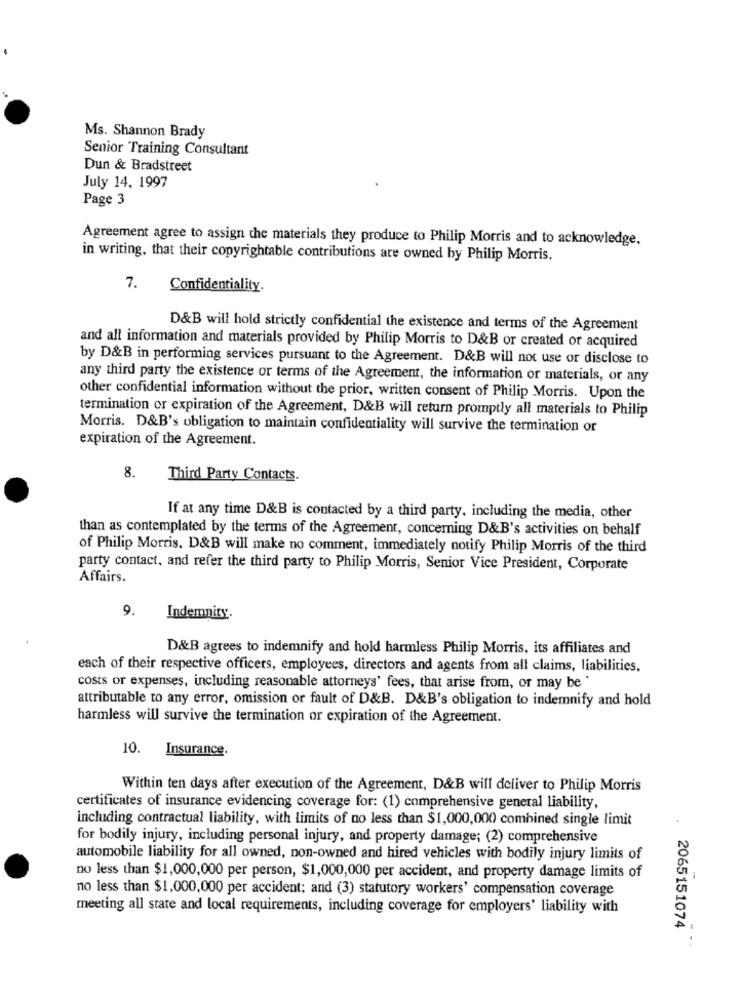
Ms. Shannon Brady
Senior Training Consultant
Dun & Bradstreet
July 14, 1997
Page 3
Agreement agree to assign the materials they produce to Philip Morris and to acknowledge.
in writing, that their copyrightable contributions are owned by Philip Morris.
7.
Confidentiality
D&B will hold strictly confidential the existence and terms of the Agreement
and all information and materials provided by Philip Morris to D&B or created or acquired
by D&B in performing services pursuant to the Agreement. D&B will not use or disclose to
any third party the existence or terms of the Agreement, the information or materials, or any
other confidential information without the prior, written consent of Philip Morris. Upon the
termination or expiration of the Agreement, D&B will return promptly all materials to Philip
Morris. D&B's obligation to maintain confidentiality will survive the termination or
expiration of the Agreement.
8.
Third Party Contacts.
If at any time D&B is contacted by a third party, including the media, other
than as contemplated by the terms of the Agreement, concerning D&B's activities on behalf
of Philip Morris, D&B will make no comment, immediately notify Philip Morris of the third
party contact, and refer the third party to Philip Morris, Senior Vice President, Corporate
Affairs.
9.
Indemnity.
D&B agrees to indemnify and hold harmless Philip Morris, its affiliates and
each of their respective officers, employees, directors and agents from all claims, liabilities,
costs or expenses, including reasonable attorneys' fees, that arise from, or may be '
attributable to any error, omission or fault of D&B. D&B's obligation to indemnify and hold
harmless will survive the termination or expiration of the Agreement.
10.
Insurance.
Within ten days after execution of the Agreement, D&B will deliver to Philip Morris
certificates of insurance evidencing coverage for: (1) comprehensive general liability,
including contractual liability, with limits of no less than $1,000,000 combined single limit
for bodily injury, including personal injury, and property damage; (2) comprehensive
automobile liability for all owned, non-owned and hired vehicles with bodily injury limits of
no less than $1,000,000 per person, $1,000,000 per accident, and property damage limits of
no less than $1,000,000 per accident; and (3) statutory workers' compensation coverage
meeting all state and local requirements, including coverage for employers' liability with
2065151074